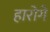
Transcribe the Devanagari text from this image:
हारोगे